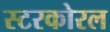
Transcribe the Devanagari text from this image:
स्टरकोरल